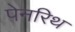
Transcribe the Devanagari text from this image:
पेनरिथ